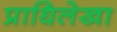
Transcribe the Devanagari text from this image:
प्राधिलेखा